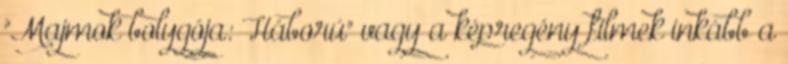
"Majmok bolygója: Háború" vagy a képregény filmek inkább a